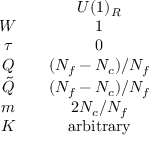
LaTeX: \begin{array} { c c c } { { } } & { { } } & { { U ( 1 ) _ { R } } } \\ { { W } } & { { } } & { { 1 } } \\ { { \tau } } & { { } } & { { 0 } } \\ { { Q } } & { { } } & { { ( N _ { f } - N _ { c } ) / N _ { f } } } \\ { { \tilde { Q } } } & { { } } & { { ( N _ { f } - N _ { c } ) / N _ { f } } } \\ { { m } } & { { } } & { { 2 N _ { c } / N _ { f } } } \\ { { K } } & { { } } & { { \mathrm { a r b i t r a r y } } } \end{array}